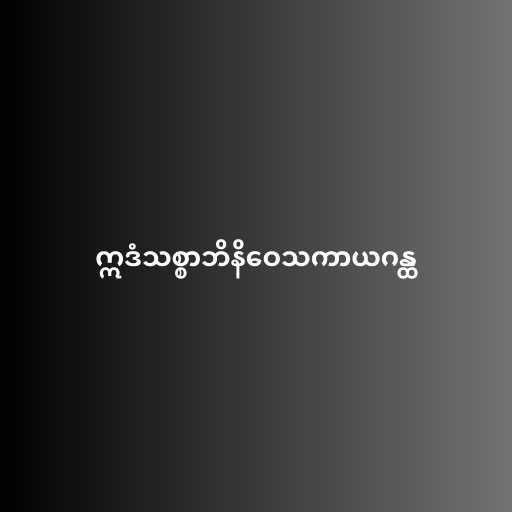
ဣဒံသစ္စာဘိနိဝေသကာယဂန္ထ